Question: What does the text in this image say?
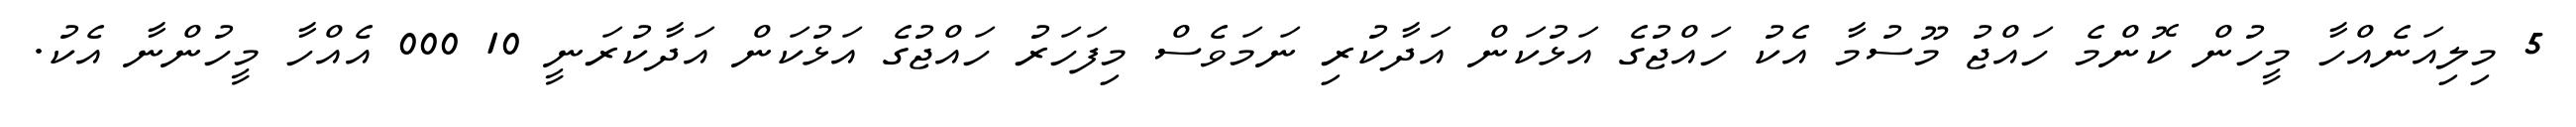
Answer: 5 މިލިއަނެއްހާ މީހުން ކޮންމެ ހައްޖު މޫސުމާ އެކު ހައްޖުގެ އަޅުކަން އަދާކުރި ނަމަވެސް މިފަހަރު ހައްޖުގެ އަޅުކަން އަދާކުރަނީ 10 000 އެއްހާ މީހުންނާ އެކު.